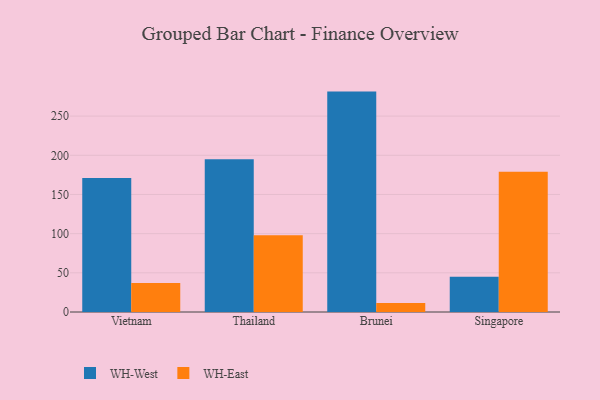
{"axis": {"x": "Country", "y": "Customer Acquisition Cost (USD)"}, "legend": ["WH-East", "WH-West"], "data": [{"x": "Vietnam", "y": 170.9, "type": "WH-West"}, {"x": "Vietnam", "y": 36.9, "type": "WH-East"}, {"x": "Thailand", "y": 195.0, "type": "WH-West"}, {"x": "Thailand", "y": 97.9, "type": "WH-East"}, {"x": "Brunei", "y": 281.3, "type": "WH-West"}, {"x": "Brunei", "y": 11.4, "type": "WH-East"}, {"x": "Singapore", "y": 45.0, "type": "WH-West"}, {"x": "Singapore", "y": 178.9, "type": "WH-East"}]}